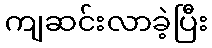
ကျဆင်းလာခဲ့ပြီး